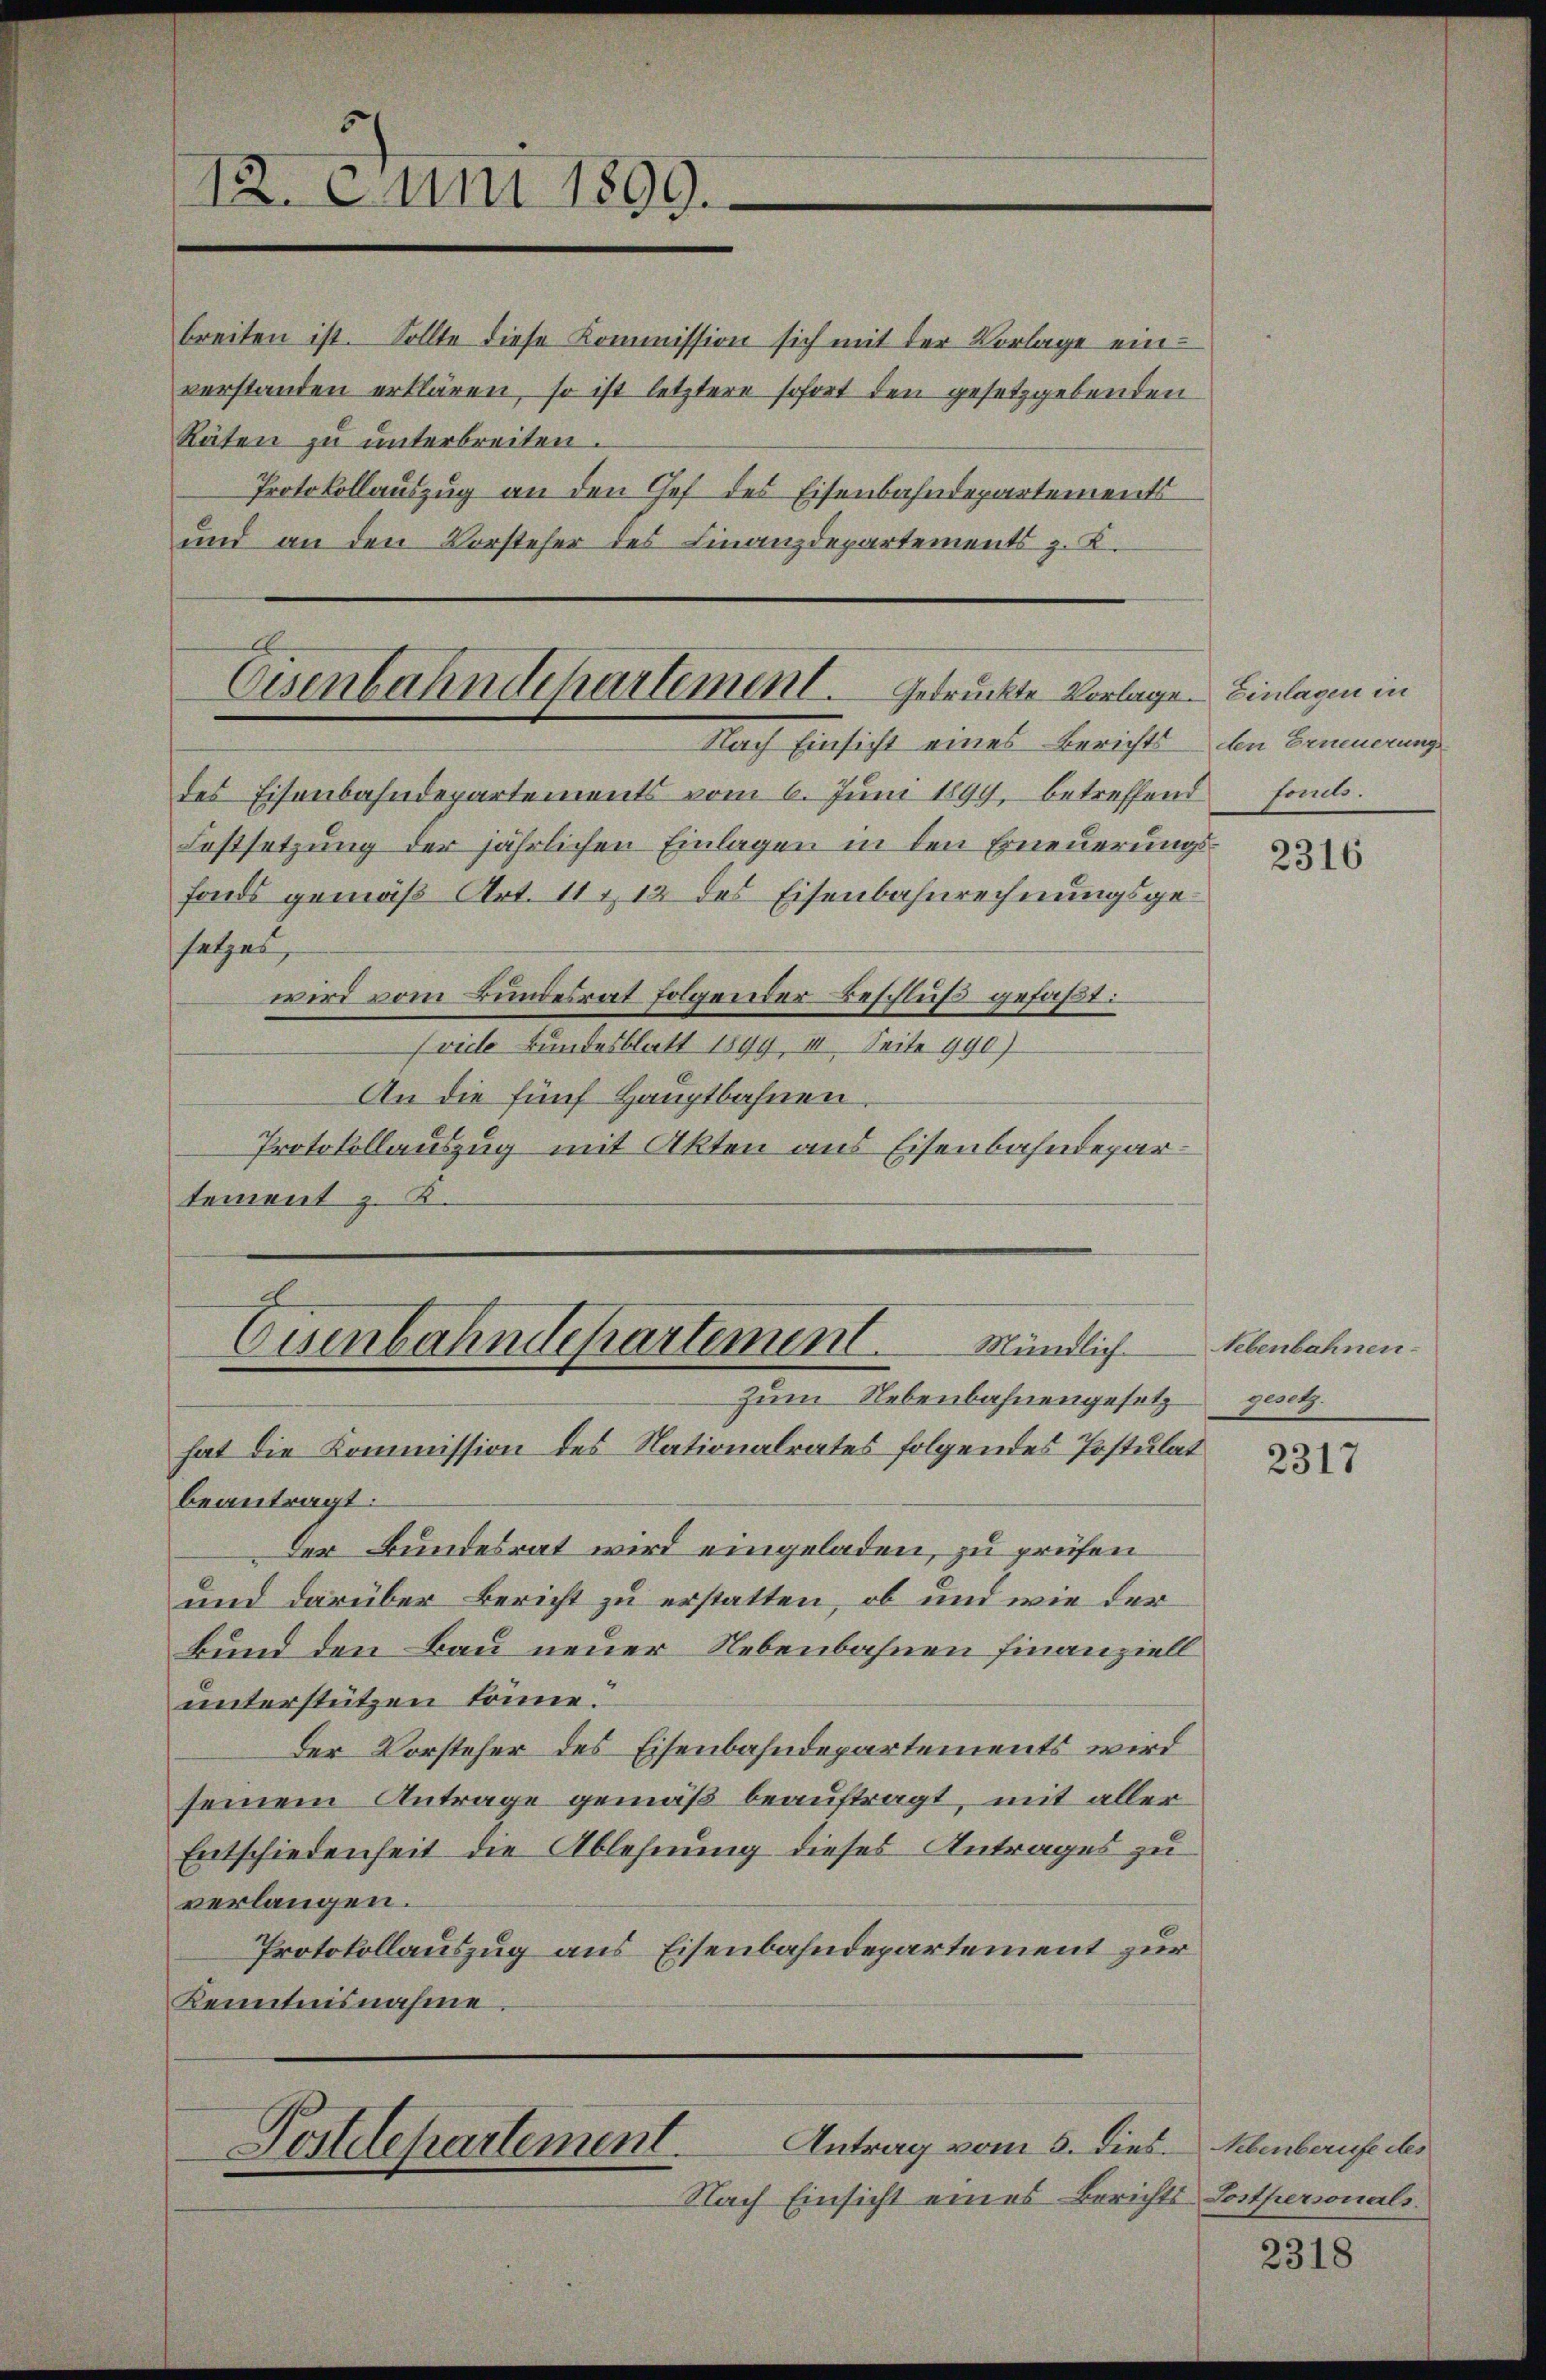
12. Juni 1899.

breiten ist. Sollte diese Kommission sich mit der Vorlage ein-
verstanden erklären, so ist letztere sofort den gesetzgebenden
Räten zu unterbreiten.
Protokollauszug an den Chef des Eisenbahndepartements
und an den Vorsteher des Finanzdepartements z. K.

Eisenbahndepartement. Gedrückte Vorlagen Einlagen in

des Eisenbahndepartements vom 6. Juni 1899, betreffend fol.
Festsetzung der jährlichen Einlagen in den Erneuerungsfonds gemäß Art. 111, 12 des Eisenbahnrechnungsgesetzes,
wird vom Bundesrat folgender Beschluß gefaßt:
(viele Bundesblatt 1899, III. Seite 990)
An die fünf Hauptbahnen.
Protokollauszug mit Akten aus Eisenbahndepartement z. K.

Eisenbahndepartement Mündlich
Zum Nebenbahnengesetz

hat die Kommission des Nationalrates folgendes Postulat
beantragt:
Der Bundesrat wird eingeladen, zu prüfen
und darüber Bericht zu erstatten, ob und wie der
Bund den Bau neuer Nebenbahnen finanziell
unterstützen könne.
Der Vorsteher des Eisenbahndepartements wird
seinem Antrage gemäß beauftragt, mit aller
Entschiedenheit die Ablehnung dieses Antrages zu
verlangen.
Protokollauszug aus Eisenbahndepartement zur
Kenntnisnahme.

Nach Einsicht eines Berichte

Antrag vom 5. dies. Nebenberufe des
Postdepartement
Nach Einsicht eines Berichts Lostpersonals.

den Erneuerung

2316

Nebenbahnen.
gesetz

2317

2318